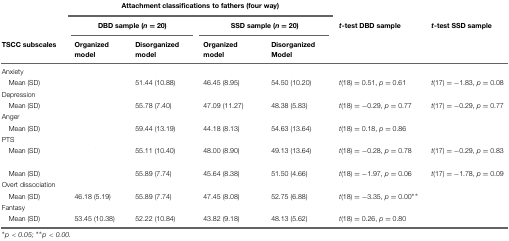
<table><thead><tr><td>[EMPTY_CELL]</td><td colspan="4"><b>Attachment classifications to fathers (four way)</b></td><td>[EMPTY_CELL]</td><td>[EMPTY_CELL]</td></tr><tr><td>[EMPTY_CELL]</td><td colspan="2"><b>DBD sample (<i>n</i> = 20)</b></td><td colspan="2"><b>SSD sample (<i>n</i> = 20)</b></td><td><b><i>t</i>-test DBD sample</b></td><td><b><i>t</i>-test SSD sample</b></td></tr><tr><td><b>TSCC subscales</b></td><td><b>Organized model</b></td><td><b>Disorganized model</b></td><td><b>Organized model</b></td><td><b>Disorganized Model</b></td><td>[EMPTY_CELL]</td><td>[EMPTY_CELL]</td></tr></thead><tbody><tr><td>Anxiety</td><td>[EMPTY_CELL]</td><td>[EMPTY_CELL]</td><td>[EMPTY_CELL]</td><td>[EMPTY_CELL]</td><td>[EMPTY_CELL]</td><td>[EMPTY_CELL]</td></tr><tr><td>Mean (SD)</td><td>[EMPTY_CELL]</td><td>51.44 (10.88)</td><td>46.45 (8.95)</td><td>54.50 (10.20)</td><td><i>t</i>(18) = 0.51, <i>p</i> = 0.61</td><td><i>t</i>(17) = -1.83, <i>p</i> = 0.08</td></tr><tr><td>Depression</td><td>[EMPTY_CELL]</td><td>[EMPTY_CELL]</td><td>[EMPTY_CELL]</td><td>[EMPTY_CELL]</td><td>[EMPTY_CELL]</td><td>[EMPTY_CELL]</td></tr><tr><td>Mean (SD)</td><td>[EMPTY_CELL]</td><td>55.78 (7.40)</td><td>47.09 (11.27)</td><td>48.38 (5.83)</td><td><i>t</i>(18) = -0.29, <i>p</i> = 0.77</td><td><i>t</i>(17) = -0.29, <i>p</i> = 0.77</td></tr><tr><td>Anger</td><td>[EMPTY_CELL]</td><td>[EMPTY_CELL]</td><td>[EMPTY_CELL]</td><td>[EMPTY_CELL]</td><td>[EMPTY_CELL]</td><td>[EMPTY_CELL]</td></tr><tr><td>Mean (SD)</td><td>[EMPTY_CELL]</td><td>59.44 (13.19)</td><td>44.18 (8.13)</td><td>54.63 (13.64)</td><td><i>t</i>(18) = 0.18, <i>p</i> = 0.86</td><td>[EMPTY_CELL]</td></tr><tr><td>PTS</td><td>[EMPTY_CELL]</td><td>[EMPTY_CELL]</td><td>[EMPTY_CELL]</td><td>[EMPTY_CELL]</td><td>[EMPTY_CELL]</td><td>[EMPTY_CELL]</td></tr><tr><td>Mean (SD)</td><td>[EMPTY_CELL]</td><td>55.11 (10.40)</td><td>48.00 (8.90)</td><td>49.13 (13.64)</td><td><i>t</i>(18) = -0.28, <i>p</i> = 0.78</td><td><i>t</i>(17) = -0.29, <i>p</i> = 0.83</td></tr><tr><td>[EMPTY_CELL]</td><td>[EMPTY_CELL]</td><td>[EMPTY_CELL]</td><td>[EMPTY_CELL]</td><td>[EMPTY_CELL]</td><td>[EMPTY_CELL]</td><td>[EMPTY_CELL]</td></tr><tr><td>Mean (SD)</td><td>[EMPTY_CELL]</td><td>55.89 (7.74)</td><td>45.64 (8.38)</td><td>51.50 (4.66)</td><td><i>t</i>(18) = -1.97, <i>p</i> = 0.06</td><td><i>t</i>(17) = -1.78, <i>p</i> = 0.09</td></tr><tr><td>Overt dissociation</td><td>[EMPTY_CELL]</td><td>[EMPTY_CELL]</td><td>[EMPTY_CELL]</td><td>[EMPTY_CELL]</td><td>[EMPTY_CELL]</td><td>[EMPTY_CELL]</td></tr><tr><td>Mean (SD)</td><td>46.18 (5.19)</td><td>55.89 (7.74)</td><td>47.45 (8.08)</td><td>52.75 (6.88)</td><td><i>t</i>(18) = -3.35, <i>p</i> = 0.00<sup>∗∗</sup></td><td>[EMPTY_CELL]</td></tr><tr><td>Fantasy</td><td>[EMPTY_CELL]</td><td>[EMPTY_CELL]</td><td>[EMPTY_CELL]</td><td>[EMPTY_CELL]</td><td>[EMPTY_CELL]</td><td>[EMPTY_CELL]</td></tr><tr><td>Mean (SD)</td><td>53.45 (10.38)</td><td>52.22 (10.84)</td><td>43.82 (9.18)</td><td>48.13 (5.62)</td><td><i>t</i>(18) = 0.26, <i>p</i> = 0.80</td><td>[EMPTY_CELL]</td></tr></tbody></table>